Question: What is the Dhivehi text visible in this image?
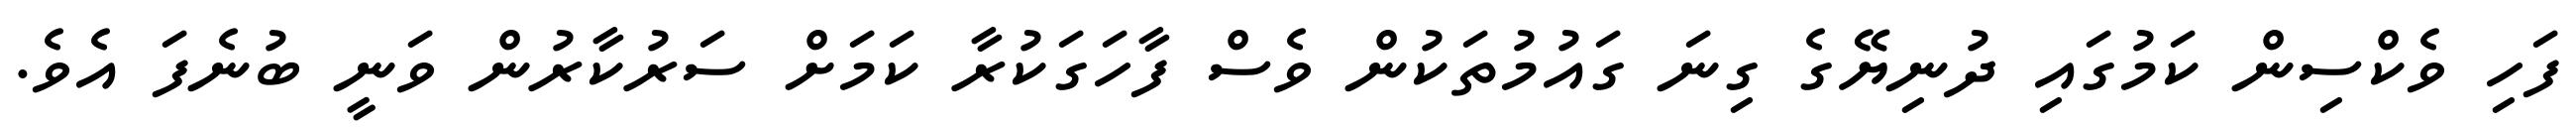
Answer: ފަހި ވެކްސިން ކަމުގައި ދުނިޔޭގެ ގިނަ ގައުމުތަކުން ވެސް ފާހަގަކުރާ ކަމަށް ސަރުކާރުން ވަނީ ބުނެފަ އެވެ.